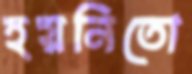
হয়নিতো